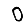
Digit: 0